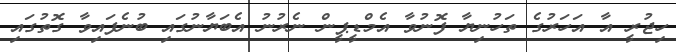
ހިޖުރީ އާ އަހަރުގެ ތަހުނިޔާ ފޮނުވާ އެމްޑީޕީން ނެރުނު އެބަޔާނުގައި ބުނެފައިވާ ގޮތުގައި